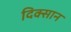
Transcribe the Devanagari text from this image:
दिक्सान